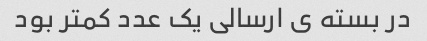
در بسته ى ارسالى یک عدد کمتر بود